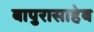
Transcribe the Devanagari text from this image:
बापुरासाहेब